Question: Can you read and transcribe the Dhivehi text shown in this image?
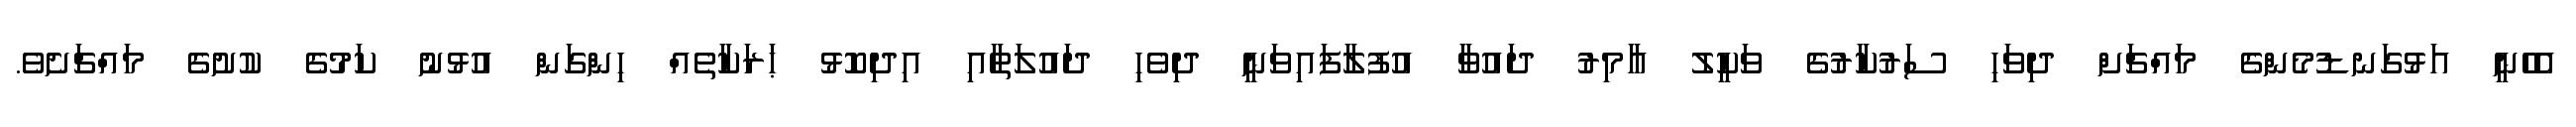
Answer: އެހެނީ އަޅުގަނޑުމެންގެ މައްޗަށް ދިވަހި ސަރުކާރުގެ ވަކީލު ޢާމިރު ދައުވާ އުފުލާފައިވަނީ ދިވެހި ދައުލަތާއި އިދިކޮޅު ޙަރަކާތެއް ހިންގަން އުޅުނު ކަމުގެ ކުށުގެ މައްޗަށެވެ.